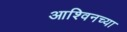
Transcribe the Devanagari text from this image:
आश्विनच्या